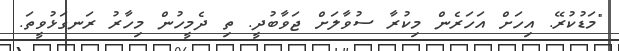
"މަޑުކުރޭ. އިހަށް އަހަރެން މިކުރާ ސުވާލަށް ޖަވާބުދީ. ތި ދެމީހުން މިހާރު ރަނގަޅުވީތަ.